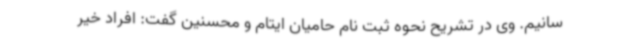
سانیم. وی در تشریح نحوه ثبت نام حامیان ایتام و محسنین گفت: افراد خیر